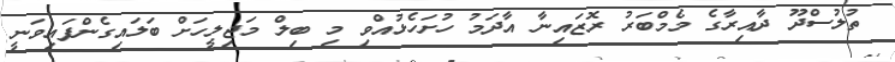
ތުލުސްދޫ ދާއިރާގެ މެމްބަރު ރޮޒައިނާ އާދަމު ހުށަހެޅުއްވި މި ބިލް މަޖިލީހަށް ބަލައިގެންފައިވަނީ